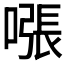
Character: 𫫧